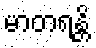
မာတရန္တိ